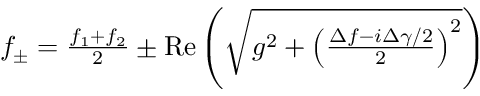
\begin{array} { r } { f _ { \pm } = \frac { f _ { 1 } + f _ { 2 } } { 2 } \pm \mathrm { R e } \left( \sqrt { g ^ { 2 } + \left( \frac { \Delta f - i \Delta \gamma / 2 } { 2 } \right) ^ { 2 } } \right) } \end{array}